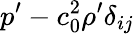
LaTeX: p^{\prime}-c_{0}^{2}\rho^{\prime}\delta_{ij}